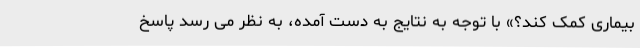
بیماری کمک کند؟» با توجه به نتایج به دست آمده، به نظر می رسد پاسخ